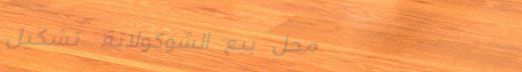
محل بيع الشوكولاتة: تشكيل